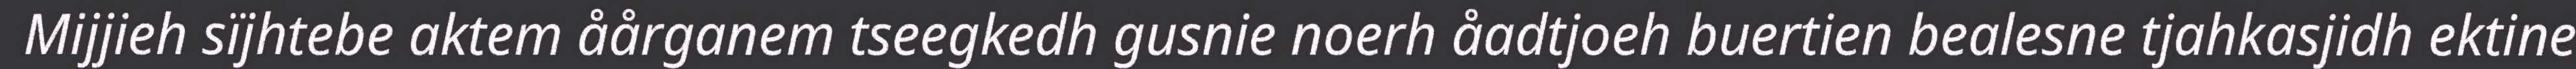
Mijjieh sïjhtebe aktem åårganem tseegkedh gusnie noerh åadtjoeh buertien bealesne tjahkasjidh ektine